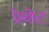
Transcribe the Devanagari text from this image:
प्रेस्केट